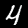
Digit: 4